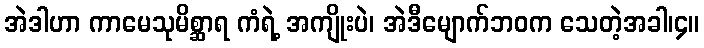
အဲဒါဟာ ကာမေသုမိစ္ဆာရ ကံရဲ့ အကျိုးပဲ၊ အဲဒီမျောက်ဘဝက သေတဲ့အခါ၊၄။